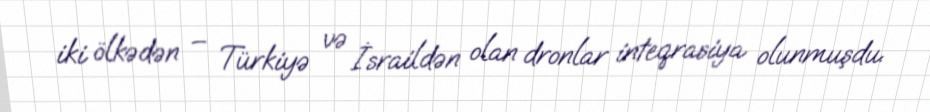
iki ölkədən – Türkiyə və İsraildən olan dronlar inteqrasiya olunmuşdu.